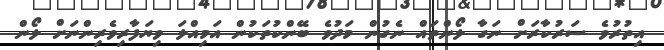
އިތުރުވެ ސަރުކާރަށް ނަގާ ލޯންތައް ނެގުން މަދުވެ ބޭންކުތަކުން އަމިއްލަ ވިޔަފާރިވެރިންނަށް ލޯން